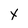
Character: x